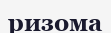
ризома